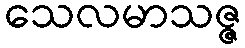
သေလမာသဇ္ဇ